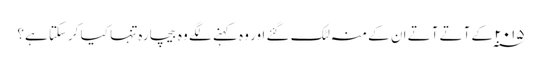
۲۰۱۵ ؁ کے آتے آتے ان کے منہ لٹک گئے اور وہ کہنے لگے وہ بیچارہ تنہا کیا کرسکتا ہے؟